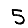
Digit: 5